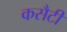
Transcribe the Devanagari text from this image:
कसैटी